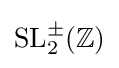
{\text{SL}}_{2}^{\pm }(\mathbb {Z} )